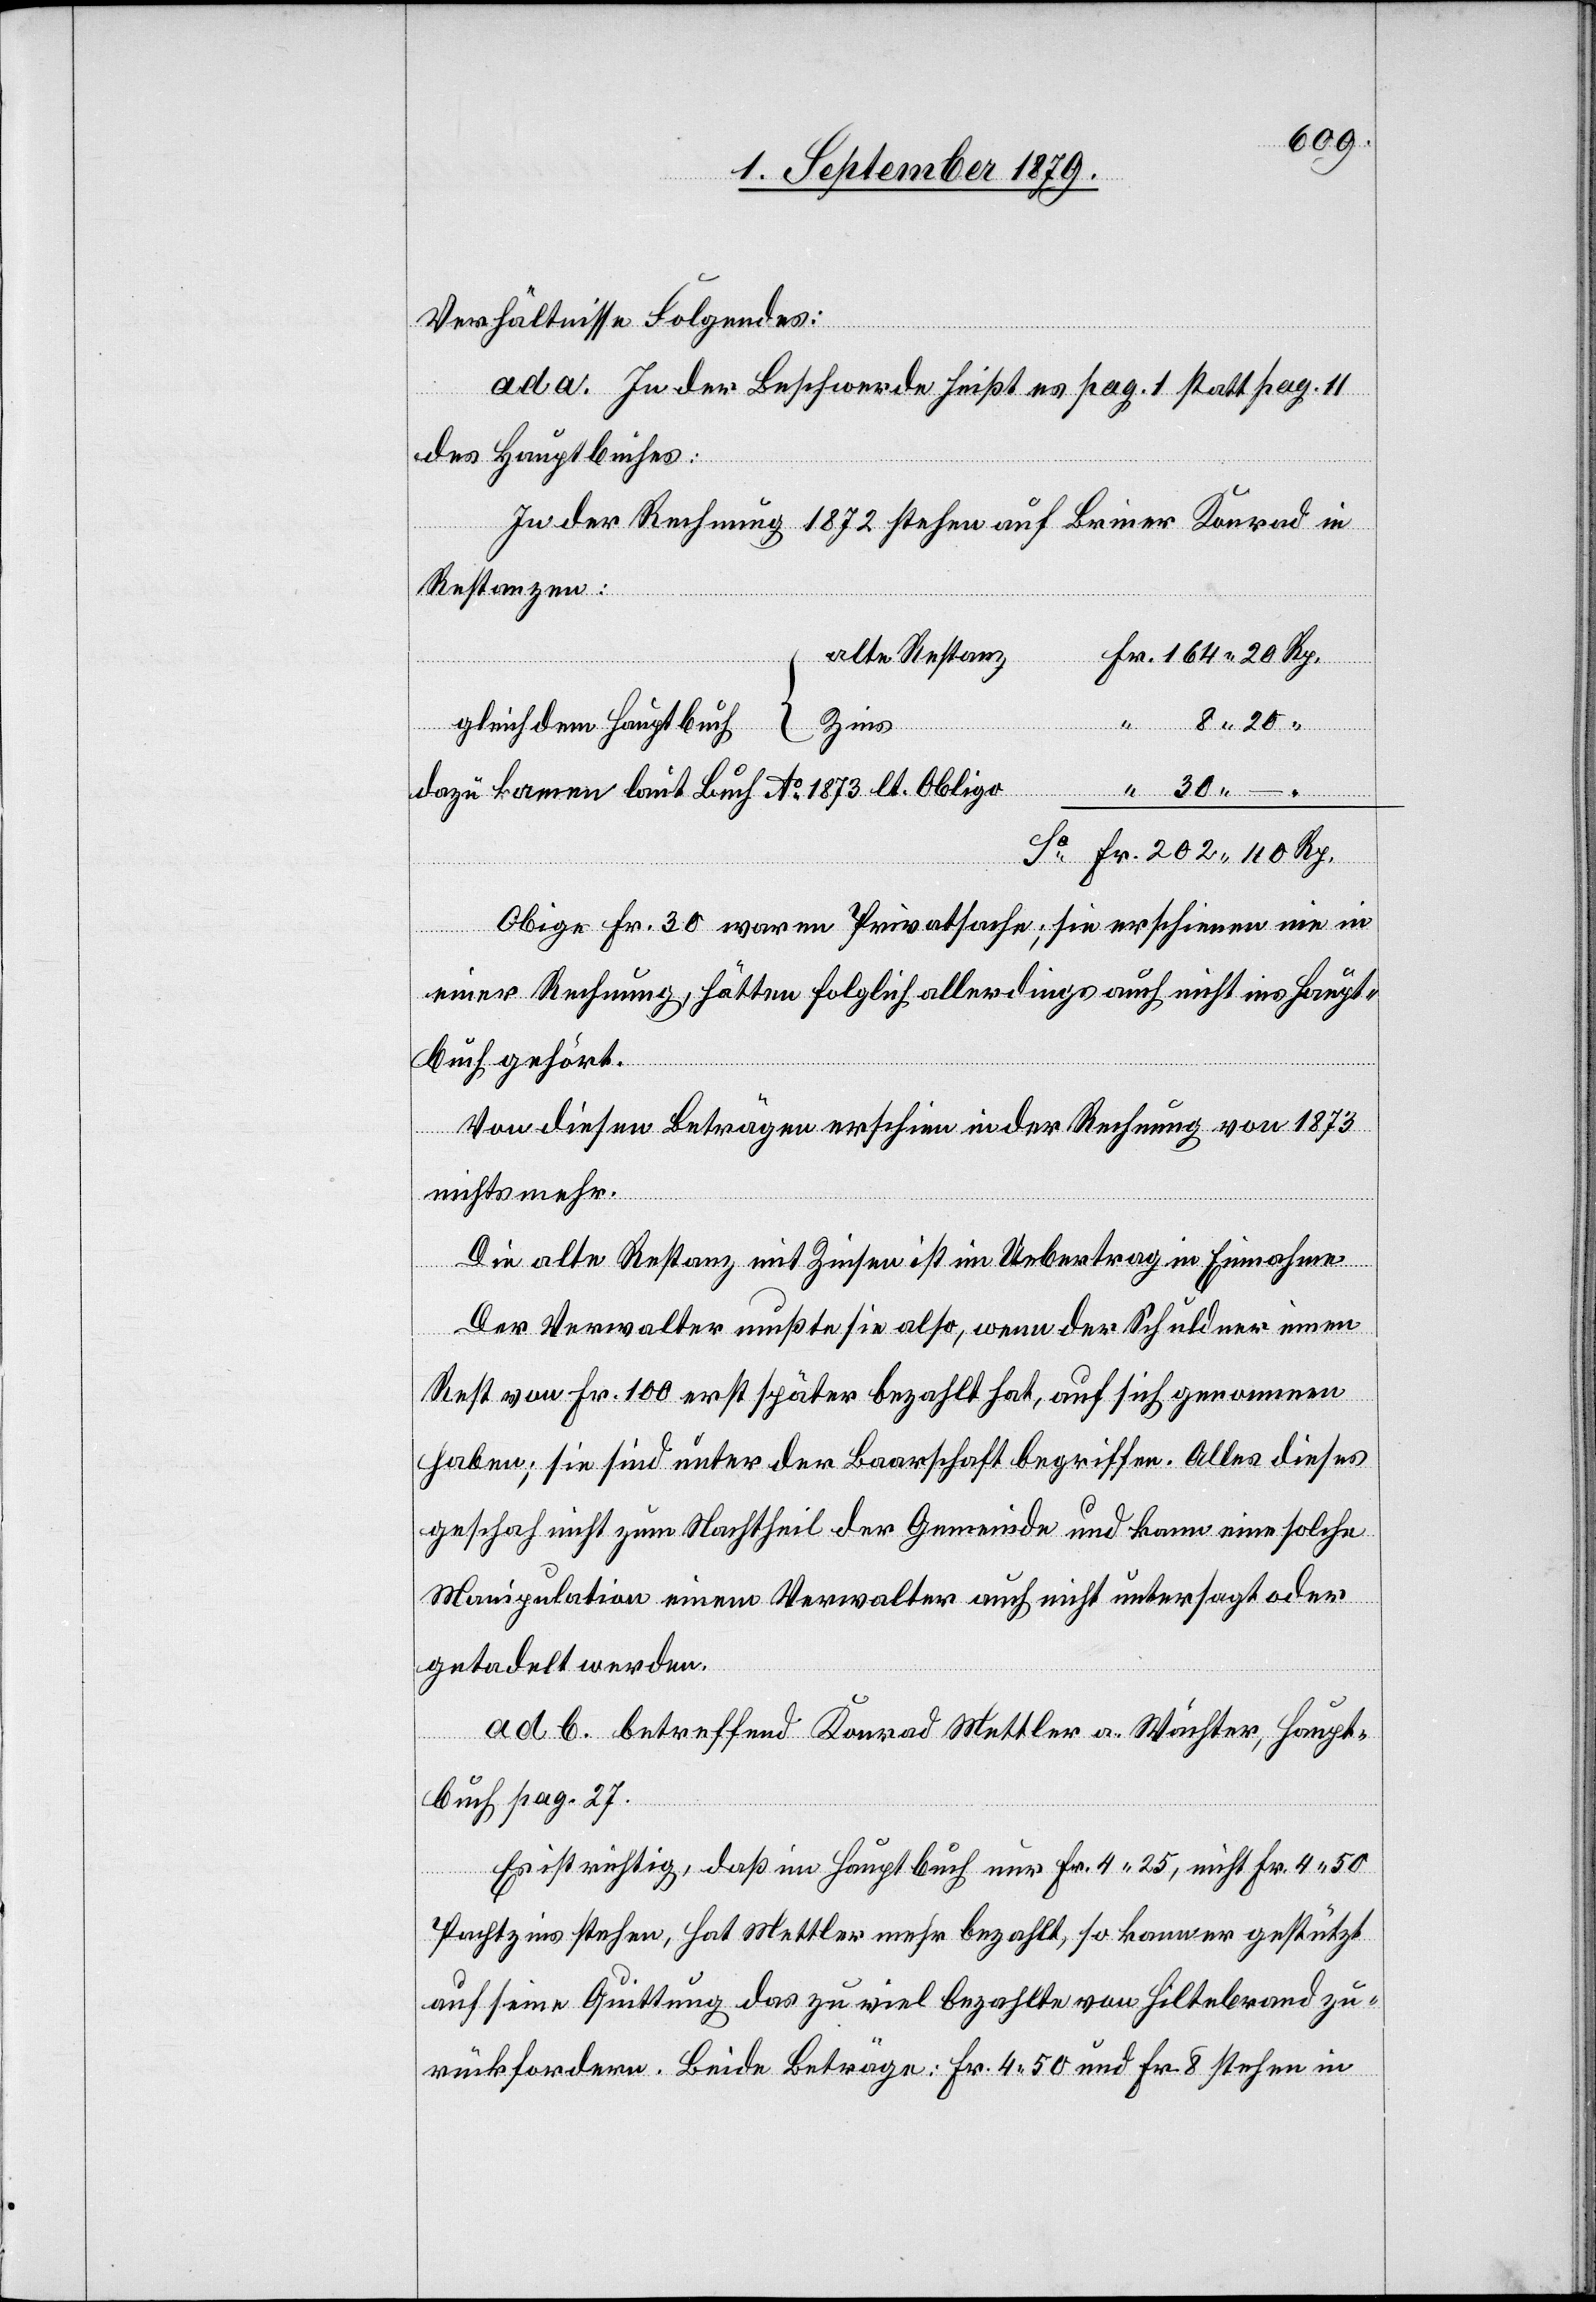
Verhältnisse Folgendes:
ad. a. In der Beschwerde heißt es pag. 1 statt pag. 11
des Hauptbuches:
In der Rechnung 1872 stehen auf Briner Konrad in
Restanzen:
alte Restanz
Zins
gleich dem Hauptbuch
dazu kommen laut Buch Ao 1878 lt. Obligo
Obige Fr. 30 waren Privatsache; sie erscheinen nie in
einer Rechnung, hätten folglich allerdings auch nicht ins Haupt¬
buch gehört.
Von diesen Beträgen erschien in der Rechnung von 1873
nichts mehr.
Die alte Restanz mit Zinsen ist im Uebertrag in Einnahme.
Der Verwalter mußte sie also, wenn der Schuldner einen
Rest von Fr. 100 erst später bezahlt hat, auf sich genommen
haben; sie sind unter der Baarschaft begriffen. Alles dieses
geschah nicht zum Nachtheil der Gemeinde und kann eine solche
Manipulation einem Verwalter auch nicht untersagt oder
getadelt werden.
ad. b. betreffend Konrad Mettler a. Wächter, Haupt¬
buch pag. 27.
Es ist richtig, daß im Hauptbuch nur Fr. 4 25, nicht Fr. 4 50
Pachtzins stehen, hat Mettler mehr bezahlt, so kann er gestützt
auf seine Quittung das zu viel bezahlte von Hiltebrand zu¬
rückfordern. Beide Beträge: Fr. 4 50 und Fr. 8 stehen in